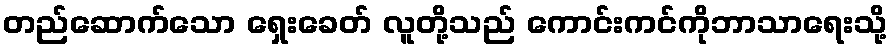
တည်ဆောက်သော ရှေးခေတ် လူတို့သည် ကောင်းကင်ကိုဘာသာရေးသို့